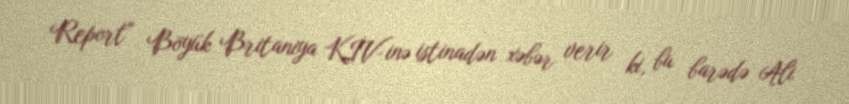
Report" Böyük Britaniya KİV-inə istinadən xəbər verir ki, bu barədə Ali